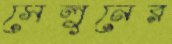
সেলুনের